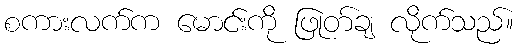
စကားလက်က မောင်းကို ဖြုတ်ချ လိုက်သည်။